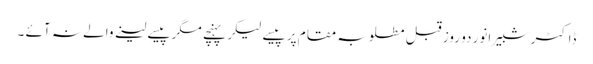
ڈاکٹر شبیر انور دو روز قبل مطلوبہ مقام پر پیسے لیکر پہنچے مگر پیسے لینے والے نہ آئے ۔